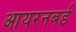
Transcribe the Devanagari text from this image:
आयरनबर्ड